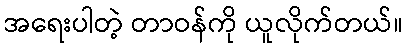
အရေးပါတဲ့ တာဝန်ကို ယူလိုက်တယ်။